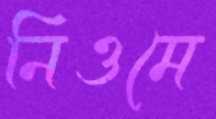
নিওমে